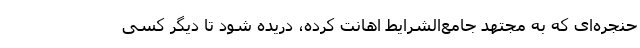
حنجره‌ای که به مجتهد جامع‌الشرایط اهانت کرده، دریده شود تا دیگر کسی